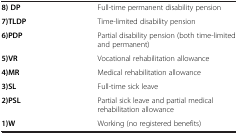
|  |  |
 | --- | --- |
 | 8) DP | Full-time permanent disability pension |
 | 7)TLDP | Time-limited disability pension |
 | 6)PDP | Partial disability pension (both time-limited and permanent) |
 | 5)VR | Vocational rehabilitation allowance |
 | 4)MR | Medical rehabilitation allowance |
 | 3)SL | Full-time sick leave |
 | 2)PSL | Partial sick leave and partial medical rehabilitation allowance |
 | 1)W | Working (no registered benefits) |